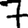
Digit: 7